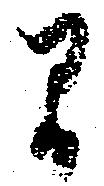
間